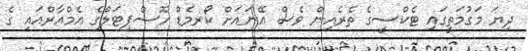
ދިޔަ މަގުމަތީގައި ޓެކްސީގެ ތެރެއިން ވެސް އޭނައަށް ކޯރމެޑް ހޮސްޕިޓަލްގެ އެމްއާރްއައި ގެ